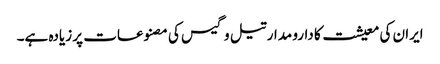
ایران کی معیشت کا دارو مدار تیل و گیس کی مصنوعات پر زیادہ ہے۔